Report on sanitation, dispensaries, and jails in Rajputana for 1913, and on vaccination for the year 1913-1914 - 1913-1914
Year: 1913
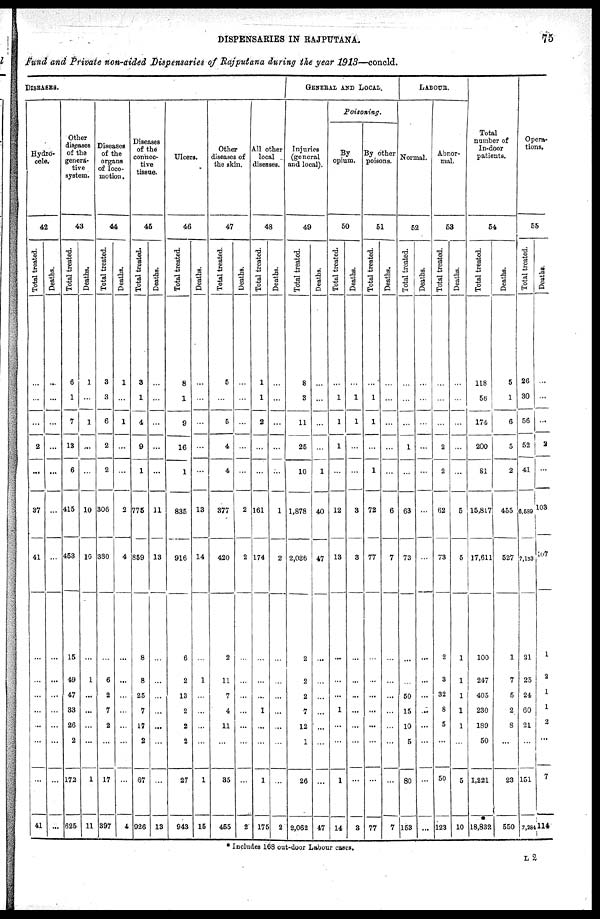
DISPENSARIES IN RAJPUTANA.
75
Fund and Private non-aided Dispensaries of Rajputana during the year 1913—concld.
DISEASES.
Hydro-
cele.
42
Total treated.
...
...
...
2
...
37
41
...
...
...
...
...
...
...
41
Deaths.
...
...
...
...
...
...
...
...
...
...
...
...
...
...
...
Other
diseases
of the
genera-
tive
system.
43
Total treated.
6
1
7
13
6
415
453
15
49
47
33
26
2
172
625
Deaths.
1
...
1
...
...
10
10
...
1
...
...
...
...
1
11
Diseases
of the
organs
of loco-
motion.
44
Total treated.
3
3
6
2
2
306
380
...
6
2
7
2
...
17
397
Deaths.
1
...
1
...
...
2
4
...
...
...
...
...
...
...
4
Diseases
of the
connec-
tive
tissue.
45
Total treated.
3
1
4
9
1
775
859
8
8
25
7
17
2
67
926
Deaths.
...
...
...
...
...
11
13
...
...
...
...
...
...
...
13
Ulcers.
46
Total treated.
8
1
9
16
1
835
916
6
2
13
2
2
2
27
943
Deaths.
...
...
...
...
...
13
14
...
1
...
...
...
...
1
15
Other
diseases of
the skin.
47
Total treated.
5
...
5
4
4
377
420
2
11
7
4
11
...
35
455
Deaths.
...
...
...
...
...
2
2
...
...
...
...
...
...
...
2
All other
local
diseases.
48
Total treated.
1
1
2
...
...
161
174
...
...
...
1
...
...
1
175
Deaths.
...
...
...
...
...
1
2
...
...
...
...
...
...
...
2
GENERAL AND LOCAL.
Injuries
(general
and local).
49
Total treated.
8
3
11
25
10
1,878
2,036
2
2
2
7
12
1
26
2,062
Deaths.
...
...
...
...
1
40
47
...
...
...
...
...
...
...
47
Poisoning.
By
opium.
50
Total treated.
...
1
1
1
...
12
13
...
...
...
1
...
...
1
14
Deaths.
...
1
1
...
...
3
3
...
...
...
...
...
...
...
3
By other
poisons.
51
Total treated.
...
1
1
...
1
72
77
...
...
...
...
...
...
...
77
Deaths.
...
...
...
...
...
6
7
...
...
...
...
...
...
...
7
LABOUR.
Normal.
52
Total treated.
...
...
...
1
...
63
73
...
...
50
15
10
5
80
153
Deaths.
...
...
...
...
...
...
...
...
...
...
...
...
...
...
...
Abnor-
mal.
53
Total treated.
...
...
...
2
2
62
73
2
3
32
8
5
...
50
123
Deaths.
...
...
...
...
...
5
5
1
1
1
1
1
...
5
10
Total
number of
In-door
patients.
54
Total treated.
118
56
174
200
81
15,817
17,611
100
247
405
230
189
50
1,221
18,832
Deaths.
5
1
6
5
2
455
527
1
7
5
2
8
...
23
550
Opera-
tions.
55
Total treated.
26
30
56
52
41
6,589
7,133
21
25
24
60
21
...
151
7,284
Deaths.
...
...
...
2
...
103
107
1
2
1
1
2
...
7
114
* Includes 168 out-door Labour cases.
L 2